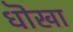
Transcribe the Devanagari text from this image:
धॊखा